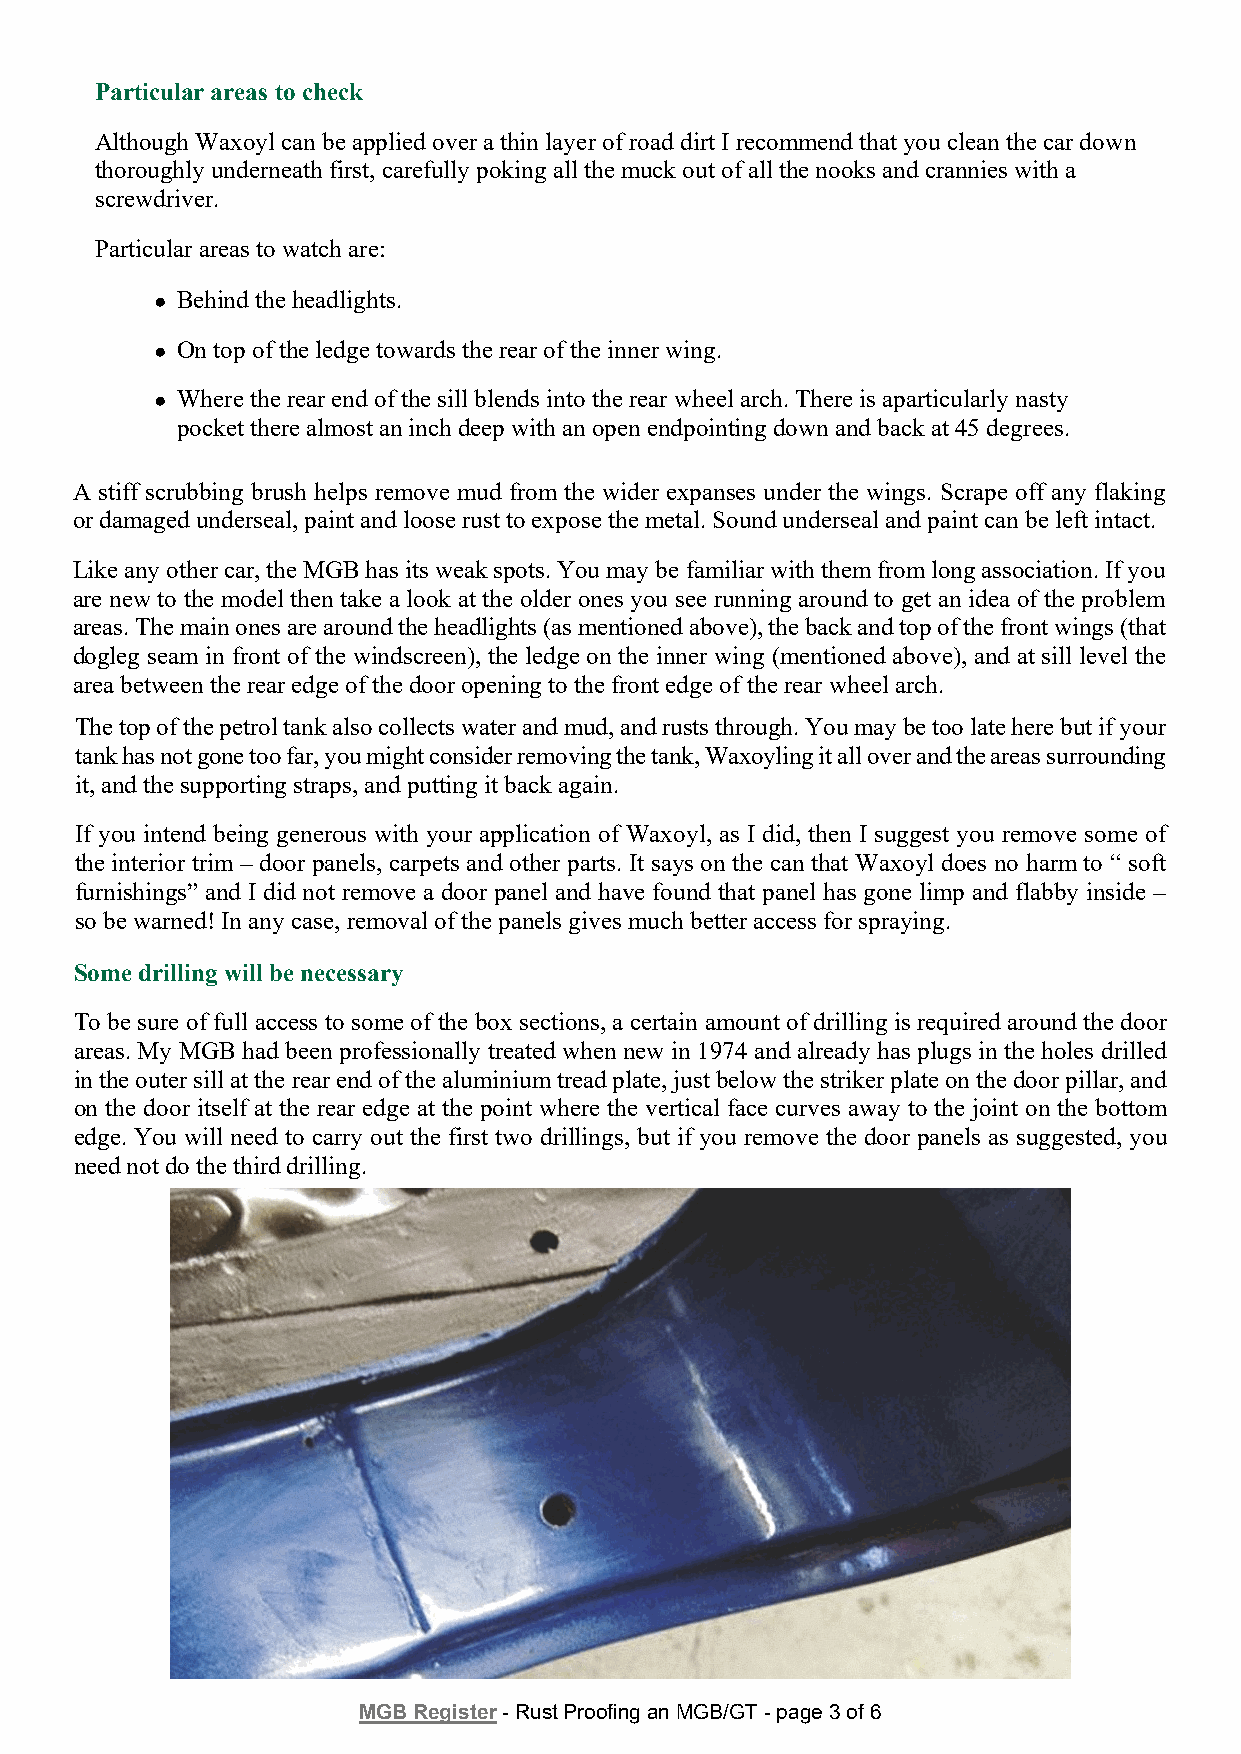
Particular areas to check
 Although Waxoyl can be applied over a thin layer of road dirt I recommend that you clean the car down
 thoroughly underneath first, carefully poking all the muck out of all the nooks and crannies with a
 screwdriver.
 Particular areas to watch are:
 ● Behind the headlights.
 ● On top of the ledge towards the rear of the inner wing.
 ● Where the rear end of the sill blends into the rear wheel arch. There is aparticularly nasty
 pocket there almost an inch deep with an open endpointing down and back at 45 degrees.
 A stiff scrubbing brush helps remove mud from the wider expanses under the wings. Scrape off any flaking
 or damaged underseal, paint and loose rust to expose the metal. Sound underseal and paint can be left intact.
 Like any other car, the MGB has its weak spots. You may be familiar with them from long association. If you
 are new to the model then take a look at the older ones you see running around to get an idea of the problem
 areas. The main ones are around the headlights (as mentioned above), the back and top of the front wings (that
 dogleg seam in front of the windscreen), the ledge on the inner wing (mentioned above), and at sill level the
 area between the rear edge of the door opening to the front edge of the rear wheel arch.
 The top of the petrol tank also collects water and mud, and rusts through. You may be too late here but if your
 tank has not gone too far, you might consider removing the tank, Waxoyling it all over and the areas surrounding
 it, and the supporting straps, and putting it back again.
 If you intend being generous with your application of Waxoyl, as I did, then I suggest you remove some of
 the interior trim – door panels, carpets and other parts. It says on the can that Waxoyl does no harm to “ soft
 furnishings” and I did not remove a door panel and have found that panel has gone limp and flabby inside –
 so be warned! In any case, removal of the panels gives much better access for spraying.
 Some drilling will be necessary
 To be sure of full access to some of the box sections, a certain amount of drilling is required around the door
 areas. My MGB had been professionally treated when new in 1974 and already has plugs in the holes drilled
 in the outer sill at the rear end of the aluminium tread plate, just below the striker plate on the door pillar, and
 on the door itself at the rear edge at the point where the vertical face curves away to the joint on the bottom
 edge. You will need to carry out the first two drillings, but if you remove the door panels as suggested, you
 need not do the third drilling.
 MGB Register - Rust Proofing an MGB/GT - page 3 of 6